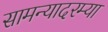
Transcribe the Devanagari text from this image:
सामन्यादरम्या